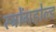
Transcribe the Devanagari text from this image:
स्ट्रोंगहोल्ड